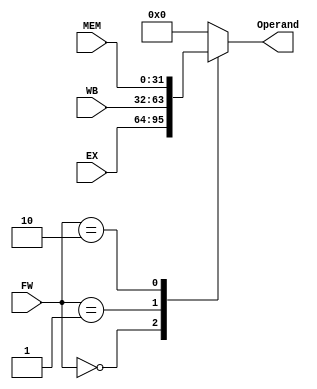
`timescale 1ns/10ps
module MUX3(
    input [1:0] FW,
    input [31:0] EX, WB, MEM,  // the order is of urgency
    output reg [31:0] Operand
    );
    
always @(*)
    case(FW)
    2'b00: Operand = EX;
    2'b01: Operand = WB;
    2'b10: Operand = MEM;
    default: Operand = 0;
    endcase
endmodule